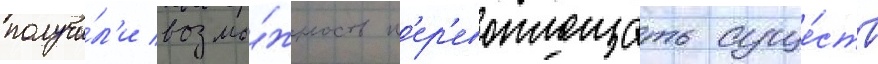
получи́л'и возмо́жность п'ер'евоплощать суще́ств